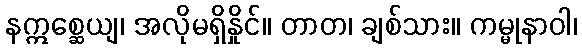
နဣစ္ဆေယျ၊ အလိုမရှိနှိုင်။ တာတ၊ ချစ်သား။ ကမ္မုနာဝါ၊